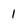
Character: 1